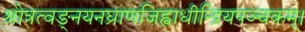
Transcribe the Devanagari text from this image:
श्रोत्रत्वङ्नयनघ्राणजिह्वाधीन्द्रियपञ्चकम्।